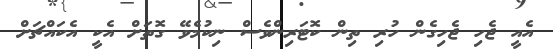
އެއީ ޖެހި ޖެހިގެން ހުރި ތިން ކޮޓަރިންވެސް ނިކުމެވޭ ގޮތަށް އެކީ އެކައްޗަށް